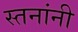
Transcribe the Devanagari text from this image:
स्तनांनी